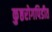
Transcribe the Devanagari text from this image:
कुष्ठरोगपिडीत